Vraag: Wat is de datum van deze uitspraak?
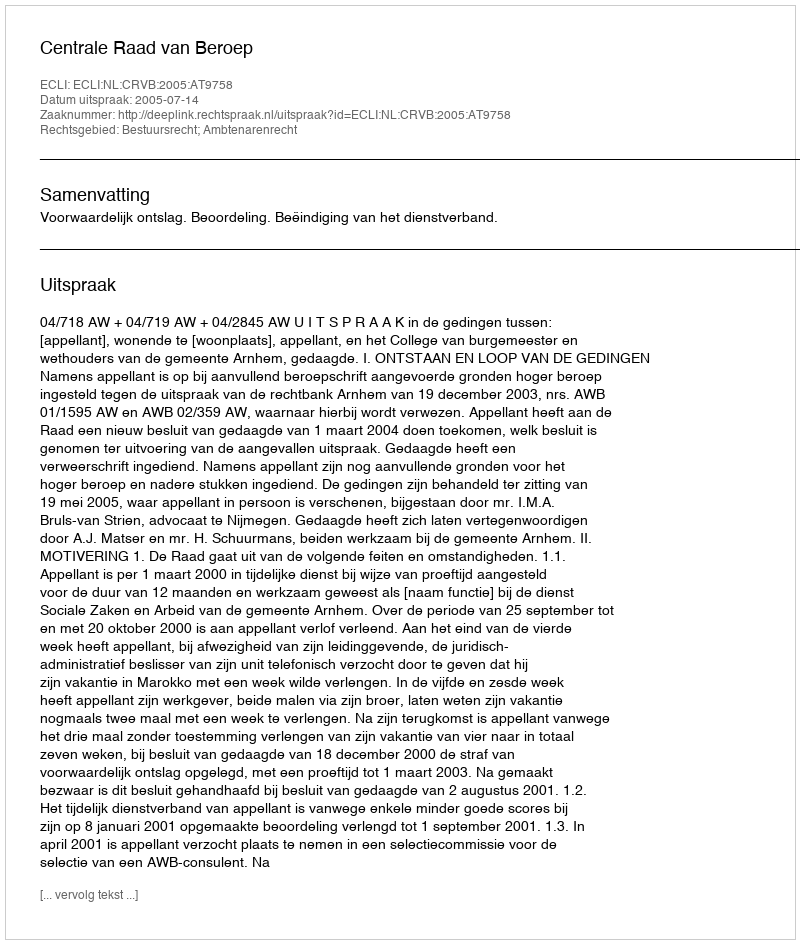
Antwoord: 2005-07-14